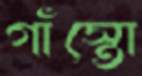
গাঁস্তো